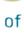
o